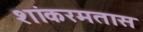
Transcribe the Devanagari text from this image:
शांकरमतास